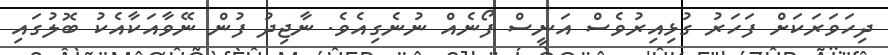
ދިހަވަރަކަށް ފަހަރު ގުޅިއިރުވެސް އަނީސް ފޯނެއް ނުނެގިއެވެ. ނާޖިދު ފުން ނޭވާއަކާއެކު ބޮލުގައި